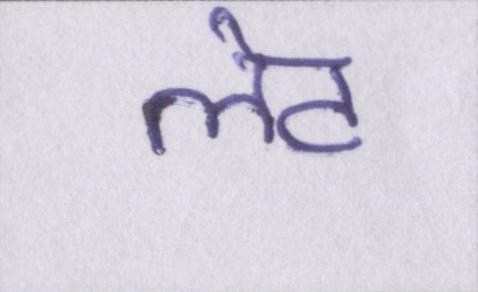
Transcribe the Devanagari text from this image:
लेट